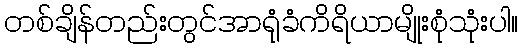
တစ်ချိန်တည်းတွင်အာရုံခံကိရိယာမျိုးစုံသုံးပါ။